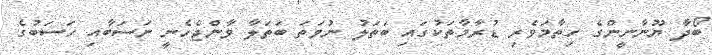
ބޯދާ ޔޫނާނީންގެ ހިތާމަވެރި ޑުރާމާތަކުގައި ބަތަލު ނުވަތަ ބަތަލާ ވާންޖެހެނީ ނަސަބާއި ހަސަބުގެ